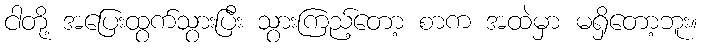
ငါတို့ အပြေးထွက်သွားပြီး သွားကြည့်တော့ စာက အထဲမှာ မရှိတော့ဘူး။